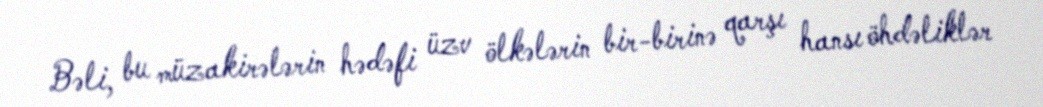
Bəli, bu müzakirələrin hədəfi üzv ölkələrin bir-birinə qarşı hansı öhdəliklər